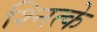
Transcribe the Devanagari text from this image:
श्नित्के